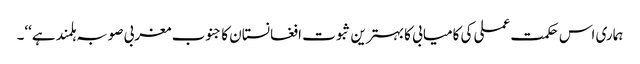
ہماری اس حکمت عملی کی کامیابی کا بہترین ثبوت افغانستان کا جنوب مغربی صوبہ ہلمند ہے‘‘۔